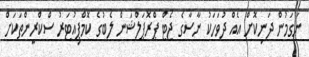
ނަގަމުން ދަނިކޮށް އެއް ދުވަހަކު ނާސާގެ ޖެޓް ޕްރޮޕަލްޝަން ލެބުގެ ކޮމްޕިއުޓަރު ސްކްރީންތަކަށް